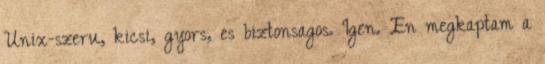
Unix-szeru, kicsi, gyors, es biztonsagos. Igen. En megkaptam a